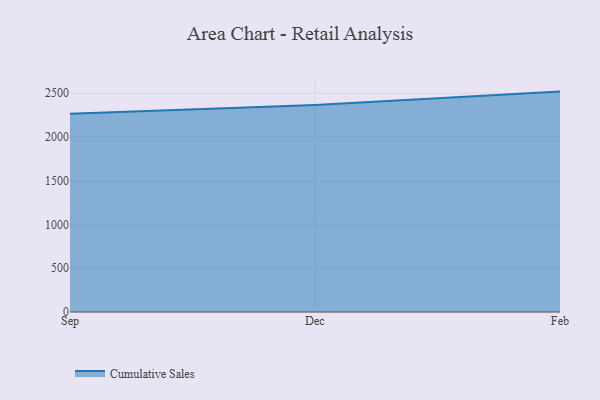
{"axis": {"x": "Month", "y": "Churn Rate (%)"}, "legend": ["Cumulative Sales"], "data": [{"x": "Sep", "y": 2263.8, "type": "Cumulative Sales"}, {"x": "Dec", "y": 2366.1, "type": "Cumulative Sales"}, {"x": "Feb", "y": 2517.9, "type": "Cumulative Sales"}]}